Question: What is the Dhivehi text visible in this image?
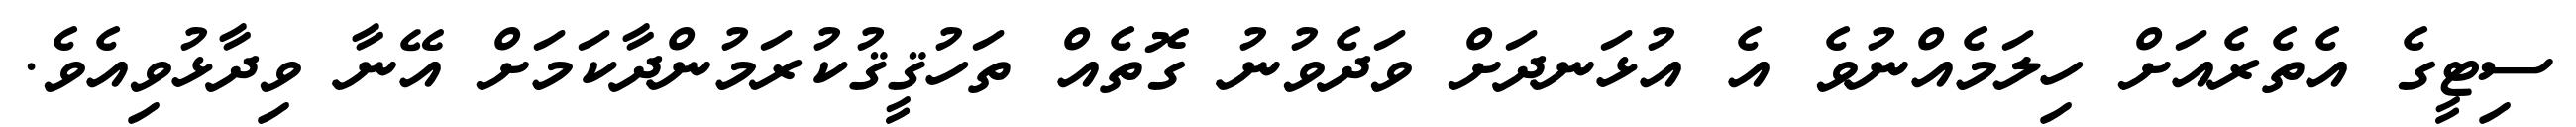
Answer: ސިޓީގެ އެތެރެއަށް ހިލަމެއްނުވެ އެ އުޅަނދަށް ވަދެވުނު ގޮތެއް ތަހުޤީޤުކުރަމުންދާކަމަށް އޭނާ ވިދާޅުވިއެވެ.